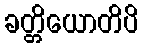
ခတ္တိယောတိပိ